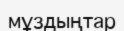
мұздыңтар